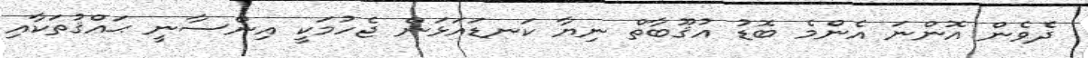
ދެވެން އޮންނަ އެންމެ ބޮޑު އުޤޫބާތް ނިޔާ ކަނޑައަޅަން ޖެހުމަކީ އިންސާނީ ޙައްޤުތަކާއި